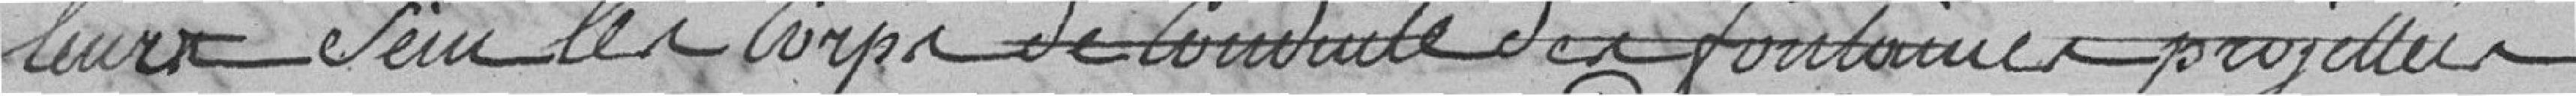
leur sein les corps de conduite des fontaines projetées